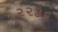
૨૨૩૬